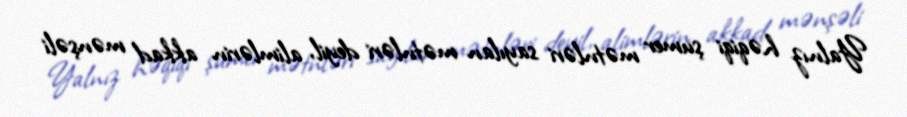
Yalnız həqiqi şumer mətnləri sayılan mətnləri deyil, alimlərin akkad mənşəli